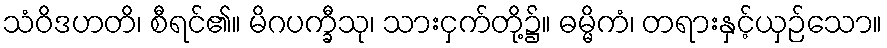
သံဝိဒဟတိ၊ စီရင်၏။ မိဂပက္ခီသု၊ သားငှက်တို့၌။ ဓမ္မိကံ၊ တရားနှင့်ယှဉ်သော။